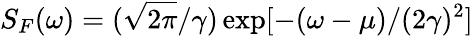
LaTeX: S_{F}(\omega)=(\sqrt{2\pi}/\gamma)\exp[-(\omega-\mu)/(2\gamma)^{2}]